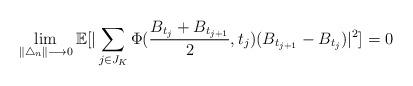
LaTeX: \begin{align*}\displaystyle \lim\limits_{\|\bigtriangleup_{n}\| \longrightarrow 0 } \mathbb{E} [| \sum_{ \substack{j\in J_{K}} } \Phi(\frac{B_{t_{j}}+B_{t_{j+1}}}{2},t_{j}) (B_{t_{j+1}}-B_{t_{j}}) |^2 ]=0\end{align*}